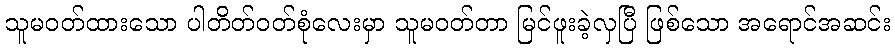
သူမဝတ်ထားသော ပါတိတ်ဝတ်စုံလေးမှာ သူမဝတ်တာ မြင်ဖူးခဲ့လှပြီ ဖြစ်သော အရောင်အဆင်း